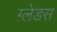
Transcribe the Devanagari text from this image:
ग़्लेडस